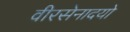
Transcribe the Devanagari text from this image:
वीरसेनादयो